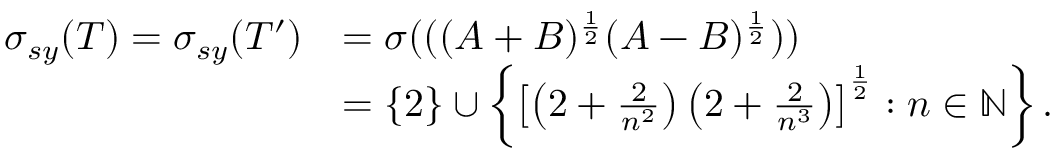
\begin{array} { r l } { \sigma _ { s y } ( T ) = \sigma _ { s y } ( T ^ { \prime } ) } & { = \sigma ( ( ( A + B ) ^ { \frac { 1 } { 2 } } ( A - B ) ^ { \frac { 1 } { 2 } } ) ) } \\ & { = \{ 2 \} \cup \left\{ \left[ \left( 2 + \frac { 2 } { n ^ { 2 } } \right) \left( 2 + \frac { 2 } { n ^ { 3 } } \right) \right] ^ { \frac { 1 } { 2 } } : n \in \mathbb { N } \right\} . } \end{array}